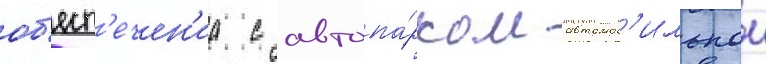
об'есп'ечен'иа с автопа́рком автомоб'ильнои